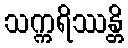
သက္ကရိဿန္တိ